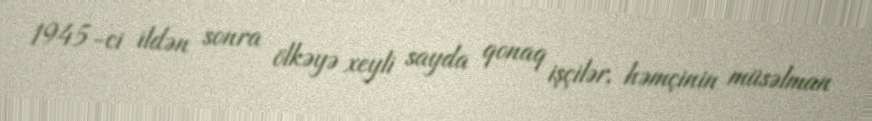
1945-ci ildən sonra ölkəyə xeyli sayda qonaq işçilər, həmçinin müsəlman